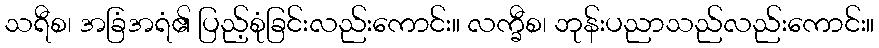
သရီစ၊ အခြံအရံ၏ ပြည့်စုံခြင်းလည်းကောင်း။ လက္ခီစ၊ ဘုန်းပညာသည်လည်းကောင်း။